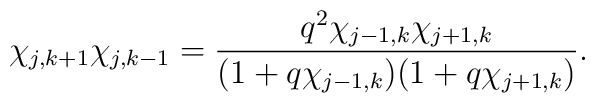
\chi_{j,k+1}\chi_{j,k-1}=\frac{q^2\chi_{j-1,k}   \chi_{j+1,k}}{(1+q\chi_{j-1,k})   (1+q\chi_{j+1,k})}    .